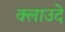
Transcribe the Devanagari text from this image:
क्लाउदे